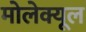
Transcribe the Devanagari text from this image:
मोलेक्यूल